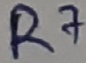
Text: R7